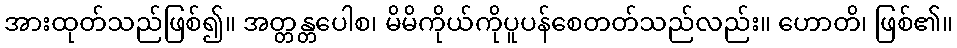
အားထုတ်သည်ဖြစ်၍။ အတ္တန္တပေါစ၊ မိမိကိုယ်ကိုပူပန်စေတတ်သည်လည်း။ ဟောတိ၊ ဖြစ်၏။